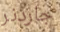
جاردنر